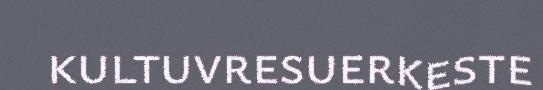
kultuvresuerkeste